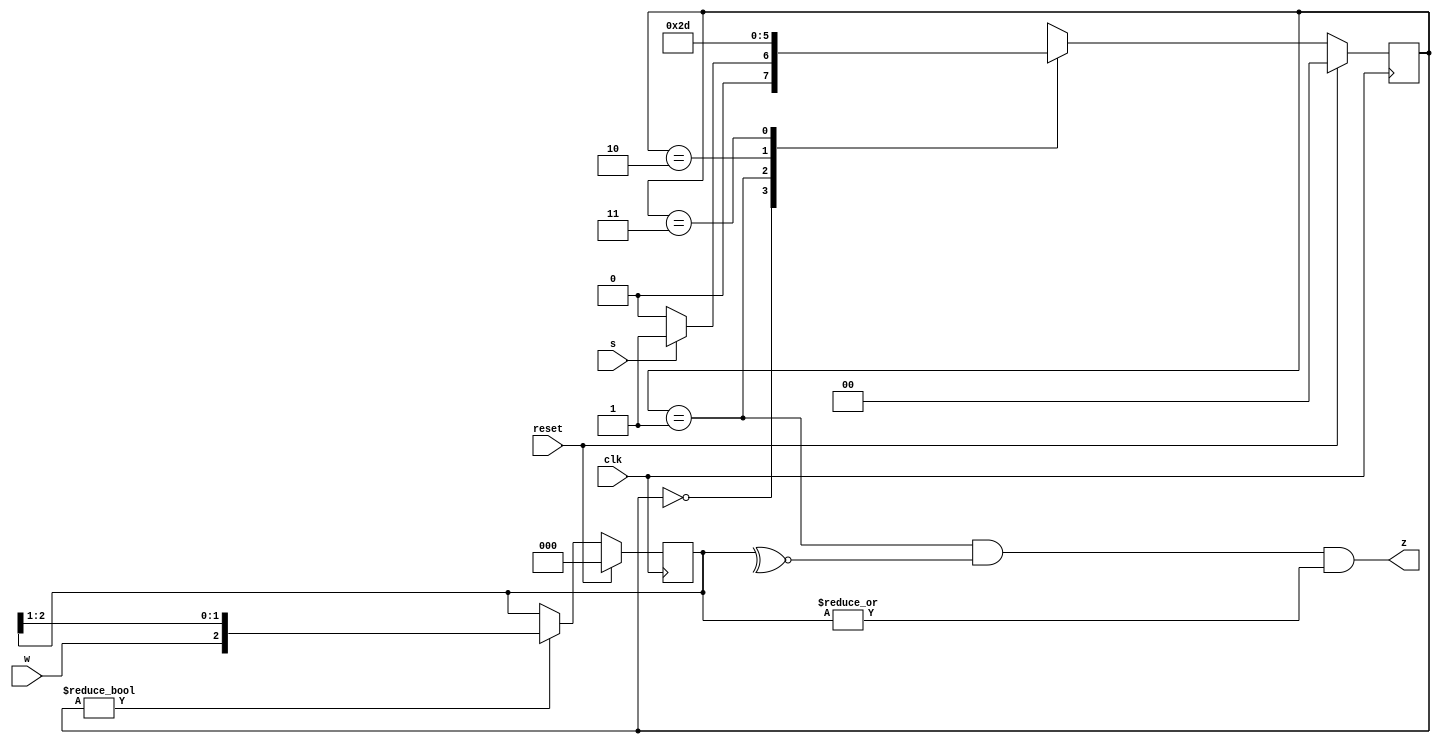
module top_module (
    input           clk,
    input           reset,
    input           s,
    input           w,
    output          z
);

    parameter       SA  = 2'b00,
                    SB  = 2'b01,
                    SB1 = 2'b10,
                    SB2 = 2'b11;

    reg     [1:0]   state;
    reg     [1:0]   state_next;

    always @(posedge clk) begin
        if (reset)
            state <= SA;
        else
            state <= state_next;
    end

    always @(*) begin
        case (state)
        SA          : state_next = s ? SB : SA;
        SB          : state_next = SB1;
        SB1         : state_next = SB2;
        SB2         : state_next = SB;
        default     : state_next = SA;
        endcase
    end

    reg     [2:0]   reg_w;
    wire            reg_en;

    always @(posedge clk) begin
        if(reset)
            reg_w <= '0;
        else if (reg_en)
            reg_w <= {w, reg_w[2:1]};
    end

    assign reg_en = (state != SA);

    assign z = (state == SB) & (~^reg_w) & (|reg_w);

endmodule